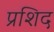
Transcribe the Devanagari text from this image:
प्रशिद